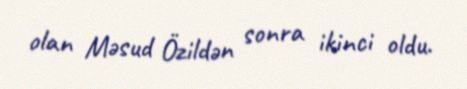
olan Məsud Özildən sonra ikinci oldu.